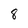
Character: 8